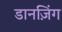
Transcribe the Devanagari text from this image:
डानज़िंग